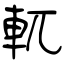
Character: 軏